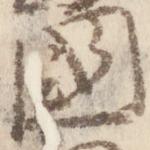
国